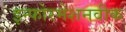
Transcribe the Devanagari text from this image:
इन्फोरमेशनवीक